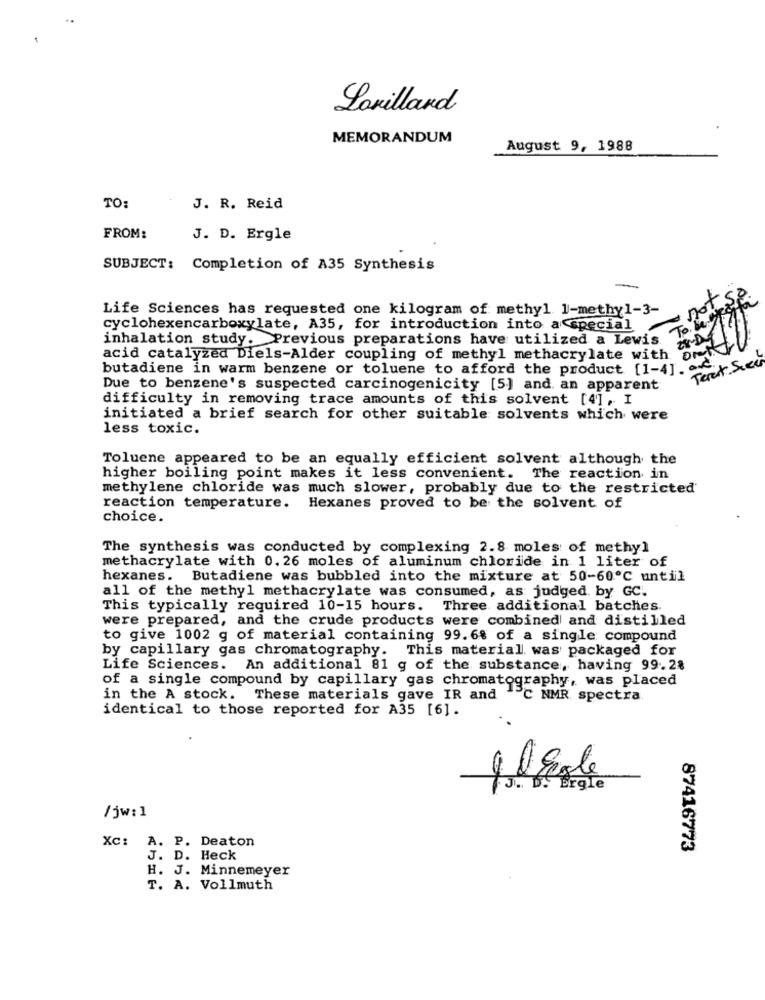
Lonillard
MEMORANDUM
August 9, 1988
TO:
J. R. Reid
FROM:
J. D. Ergle
SUBJECT: Completion of A35 Synthesis
Life Sciences has requested one kilogram of methyl 1-methyl-3-
cyclohexencarboxylate, A35, for introduction into a special
inhalation study. Previous preparations have utilized a Lewis
acid catalyzed Diels-Alder coupling of methyl methacrylate with
butadiene in warm benzene or toluene to afford the product [1-4].
Teret Sce
Due to benzene's suspected carcinogenicity [5] and. an apparent
difficulty in removing trace amounts of this solvent [4], I
initiated a brief search for other suitable solvents which were
less toxic.
Toluene appeared to be an equally efficient solvent although the
higher boiling point makes it less convenient.
The reaction in
methylene chloride was much slower, probably due to the restricted
reaction temperature. Hexanes proved to be the solvent of
choice.
The synthesis was conducted by complexing 2.8 moles of methyl
methacrylate with 0. 26 moles of aluminum chloride in 1 liter of
hexanes. Butadiene was bubbled into the mixture at 50-60℃ until
all of the methyl methacrylate was consumed, as: judged by GC.
This typically required 10-15 hours. Three additional batches.
were prepared, and the crude products were combined and distilled
to give 1002 g of material containing 99.6% of a single compound
by capillary gas chromatography. This material. was packaged for
Life Sciences. An additional 81 g of the substance, having 99.28
of a single compound by capillary gas chromatography, was placed
in the A stock. These materials gave IR and "C NMR spectra
identical to those reported for A35 [6].
/jw: 1
Xc: A. P. Deaton
87416773
J. D. Heck
H. J. Minnemeyer
T. A. Vollmuth